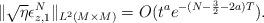
LaTeX: \begin{align*}\|\sqrt{\eta}\epsilon_{z,1}^N \|_{L^2(M\times M)}= O(t^ae^{-(N-\frac{3}{2}-2a)T}).\end{align*}